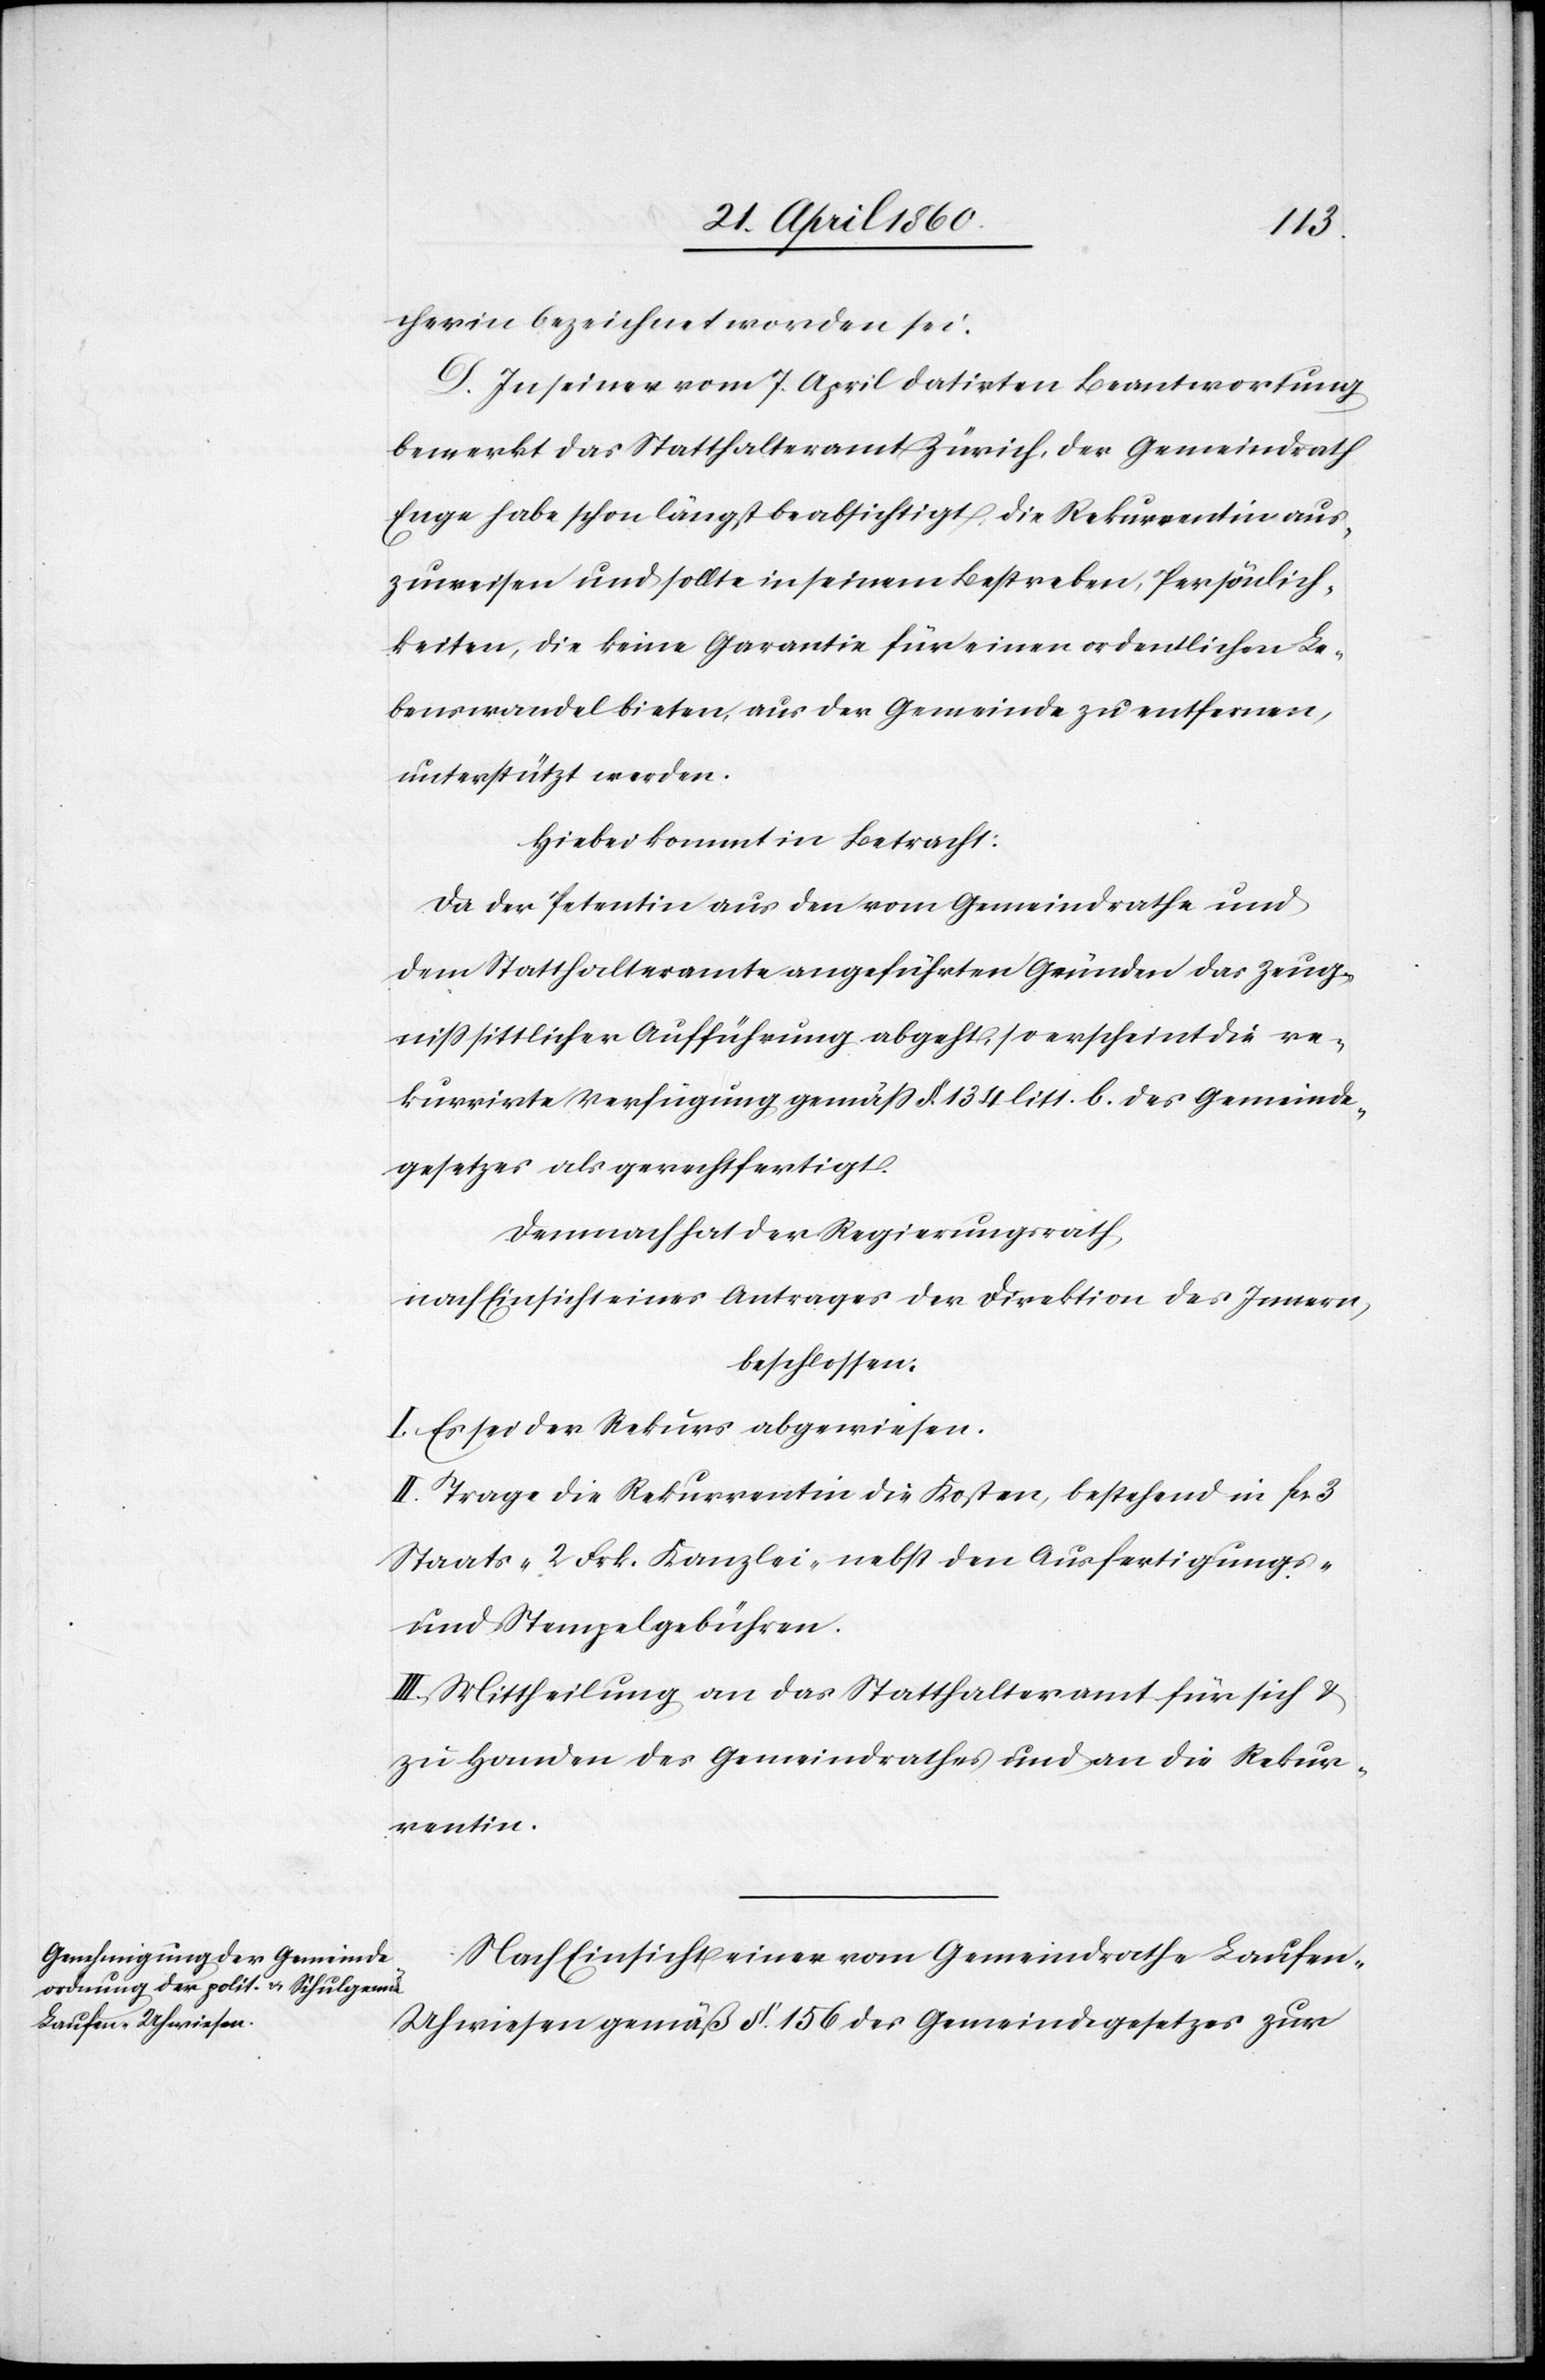
cherin bezeichnet worden sei.
D. In seiner vom 7. April datirten Beantwortung
bemerkt das Statthalteramt Zürich, der Gemeindrath
Enge habe schon längst beabsichtigt, die Rekurrentin aus¬
zuweisen und sollte in seinem Bestreben, Persönlich¬
keiten, die keine Garantie für einen ordentlichen Le¬
benswandel bieten, aus der Gemeinde zu entfernen,
unterstützt werden.
Hiebei kommt in Betracht:
Da der Petentin aus den vom Gemeindrathe und
dem Statthalteramte angeführten Gründen das Zeug¬
niss sittlicher Aufführung abgeht, so erscheint die re¬
kurrirte Verfügung gemäss §. 134 litt. b. des Gemeinde¬
gesetzes als gerechtfertigt.
Demnach hat der Regierungsrath,
nach Einsicht eines Antrages der Direktion des Innern,
beschlossen:
I. Es sei der Rekurs abgewiesen.
II. Trage die Rekurrentin die Kosten, bestehend in fcs.
Staats-[,] 2. Frk. Kanzlei- nebst den Ausfertigungs-
und Stempelgebühren.
III. Mittheilung an das Statthalteramt für sich u.
zu Handen des Gemeindrathes und an die Rekur¬
rentin.
Nach Einsicht einer vom Gemeindrathe Laufen-U¬
hwiesen gemäß §. 156. des Gemeindegesetzes zur